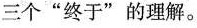
三个”终于”的理解。